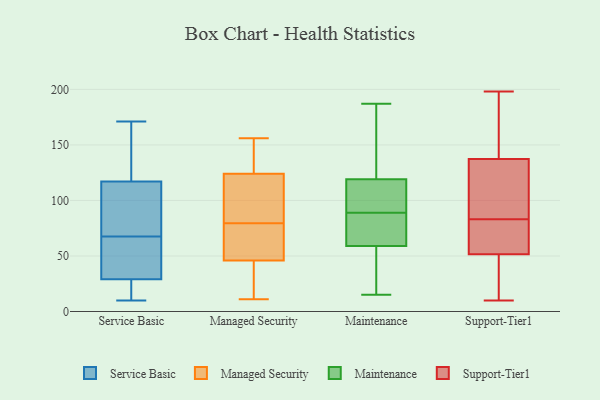
{"axis": {"x": "Budget (USD K)", "y": "Value"}, "legend": ["Maintenance", "Managed Security", "Service Basic", "Support-Tier1"], "data": [{"x": "", "y": 158, "type": "Service Basic"}, {"x": "", "y": 107, "type": "Service Basic"}, {"x": "", "y": 14, "type": "Service Basic"}, {"x": "", "y": 55, "type": "Service Basic"}, {"x": "", "y": 50, "type": "Service Basic"}, {"x": "", "y": 16, "type": "Service Basic"}, {"x": "", "y": 66, "type": "Service Basic"}, {"x": "", "y": 160, "type": "Service Basic"}, {"x": "", "y": 117, "type": "Service Basic"}, {"x": "", "y": 104, "type": "Service Basic"}, {"x": "", "y": 10, "type": "Service Basic"}, {"x": "", "y": 69, "type": "Service Basic"}, {"x": "", "y": 29, "type": "Service Basic"}, {"x": "", "y": 171, "type": "Service Basic"}, {"x": "", "y": 124, "type": "Managed Security"}, {"x": "", "y": 114, "type": "Managed Security"}, {"x": "", "y": 142, "type": "Managed Security"}, {"x": "", "y": 130, "type": "Managed Security"}, {"x": "", "y": 75, "type": "Managed Security"}, {"x": "", "y": 114, "type": "Managed Security"}, {"x": "", "y": 36, "type": "Managed Security"}, {"x": "", "y": 41, "type": "Managed Security"}, {"x": "", "y": 84, "type": "Managed Security"}, {"x": "", "y": 156, "type": "Managed Security"}, {"x": "", "y": 40, "type": "Managed Security"}, {"x": "", "y": 133, "type": "Managed Security"}, {"x": "", "y": 103, "type": "Managed Security"}, {"x": "", "y": 11, "type": "Managed Security"}, {"x": "", "y": 52, "type": "Managed Security"}, {"x": "", "y": 74, "type": "Managed Security"}, {"x": "", "y": 59, "type": "Managed Security"}, {"x": "", "y": 46, "type": "Managed Security"}, {"x": "", "y": 40, "type": "Maintenance"}, {"x": "", "y": 83, "type": "Maintenance"}, {"x": "", "y": 119, "type": "Maintenance"}, {"x": "", "y": 95, "type": "Maintenance"}, {"x": "", "y": 126, "type": "Maintenance"}, {"x": "", "y": 59, "type": "Maintenance"}, {"x": "", "y": 65, "type": "Maintenance"}, {"x": "", "y": 187, "type": "Maintenance"}, {"x": "", "y": 15, "type": "Maintenance"}, {"x": "", "y": 16, "type": "Maintenance"}, {"x": "", "y": 111, "type": "Maintenance"}, {"x": "", "y": 174, "type": "Maintenance"}, {"x": "", "y": 102, "type": "Maintenance"}, {"x": "", "y": 60, "type": "Maintenance"}, {"x": "", "y": 123, "type": "Support-Tier1"}, {"x": "", "y": 10, "type": "Support-Tier1"}, {"x": "", "y": 43, "type": "Support-Tier1"}, {"x": "", "y": 198, "type": "Support-Tier1"}, {"x": "", "y": 79, "type": "Support-Tier1"}, {"x": "", "y": 142, "type": "Support-Tier1"}, {"x": "", "y": 83, "type": "Support-Tier1"}, {"x": "", "y": 91, "type": "Support-Tier1"}, {"x": "", "y": 65, "type": "Support-Tier1"}, {"x": "", "y": 47, "type": "Support-Tier1"}, {"x": "", "y": 164, "type": "Support-Tier1"}]}